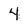
Character: 4